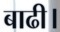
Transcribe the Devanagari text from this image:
बाढी।